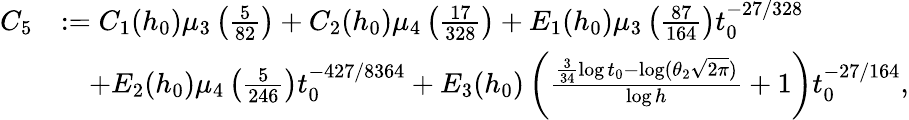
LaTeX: \begin{array}{rl}{C_{5}}&{:=C_{1}(h_{0})\mu_{3}\left(\frac{5}{82}\right)+C_{2}(h_{0})\mu_{4}\left(\frac{17}{328}\right)+E_{1}(h_{0})\mu_{3}\left(\frac{87}{164}\right)t_{0}^{-27/328}}\\ &{\quad+E_{2}(h_{0})\mu_{4}\left(\frac{5}{246}\right)t_{0}^{-427/8364}+E_{3}(h_{0})\left(\frac{\frac{3}{34}\log t_{0}-\log(\theta_{2}\sqrt{2\pi})}{\log h}+1\right)t_{0}^{-27/164},}\end{array}